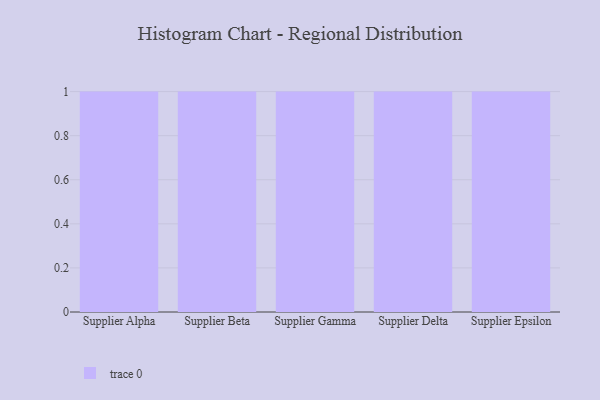
{"axis": {"x": "Supplier", "y": "Latency (ms)"}, "legend": [""], "data": [{"x": "Supplier Alpha", "y": 91, "type": ""}, {"x": "Supplier Beta", "y": 25, "type": ""}, {"x": "Supplier Gamma", "y": 11, "type": ""}, {"x": "Supplier Delta", "y": 77, "type": ""}, {"x": "Supplier Epsilon", "y": 50, "type": ""}]}